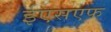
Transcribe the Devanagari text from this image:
ईएसएफ